Annual report on the working of the lock hospitals in the Central Provinces
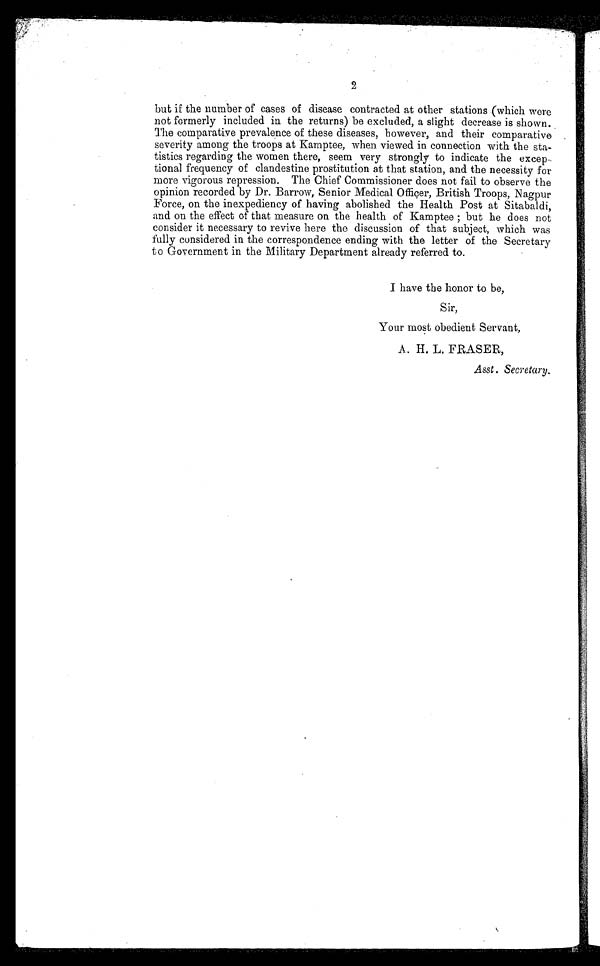
2
but if the number of cases of disease contracted at other stations .(which were
not formerly included in the returns) be excluded, a slight decrease is shown.
The comparative prevalence of these diseases, however, and their comparative .
severity among the troops at Kamptee, when viewed in connection with the sta
tistics regarding the women there, seem very strongly to indicate the excep
tional frequency of clandestine prostitution at that station, and the necessity for
more vigorous repression. The Chief Commissioner does not fail to observe the
opinion recorded by Dr. Barrow, Senior Medical Officer, British Troops, Nagpur
Force, on the inexpediency of having abolished the Health Post at Sitabaldi,
and on the effect of that measure on the health of Kamptee ; but he does not
consider it necessary to revive here the discussion of that subject, which was
fully considered in the correspondence ending with the letter of the Secretary
to Government in the Military Department already referred to.
I have the honor to be,
Sir,
Your most obedient Servant,
A. H. L. FRASER,